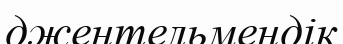
джентельмендік